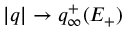
| q | \to q _ { \infty } ^ { + } ( E _ { + } )